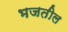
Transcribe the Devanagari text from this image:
भजतील